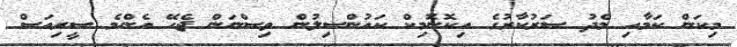
މިކަން ކަމާއި މެދު ސަރުކާރުގެ އިކޮނޮމިކް ކައުންސިލުން ވިސްނަން ޖެހޭ އެންމެ ސީރިއަސް